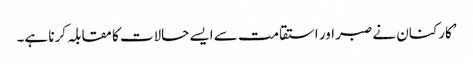
’کارکنان نے صبر اور استقامت سے ایسے حالات کا مقابلہ کرنا ہے۔